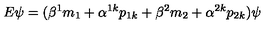
E \psi = ( \beta ^ { 1 } m _ { 1 } + \alpha ^ { 1 k } p _ { 1 k } + \beta ^ { 2 } m _ { 2 } + \alpha ^ { 2 k } p _ { 2 k } ) \psi